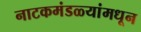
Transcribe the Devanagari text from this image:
नाटकमंडळ्यांमधून